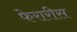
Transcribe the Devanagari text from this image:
फेरारीस